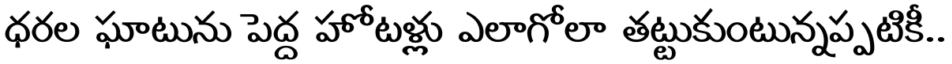
ధరల ఘాటును పెద్ద హోటళ్లు ఎలాగోలా తట్టుకుంటున్నప్పటికీ..